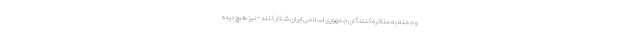
و حمله به مذاکره‌ کنندگان جمهوری اسلامی ایران شکار کنند- نیز هیچ دیده